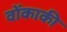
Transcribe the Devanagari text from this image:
वोंकाकी